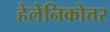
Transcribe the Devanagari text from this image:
हेलेनिकोत्तर